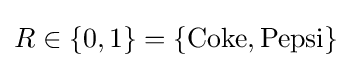
R\in \{0,1\}=\{{\mbox{Coke}},{\mbox{Pepsi}}\}